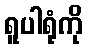
ရူပါရုံကို